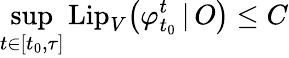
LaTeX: \operatorname*{sup}_{t\in[t_{0},\tau]}\mathrm{Lip}_{V}\big(\varphi_{t_{0}}^{t}\, |\, O\big)\leq C